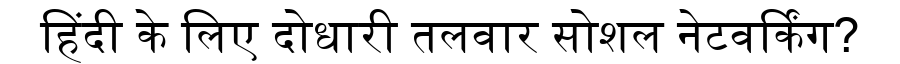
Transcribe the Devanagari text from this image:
हिंदी के लिए दोधारी तलवार सोशल नेटवर्किंग?